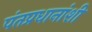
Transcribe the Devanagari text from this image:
पंतप्रधानांशी